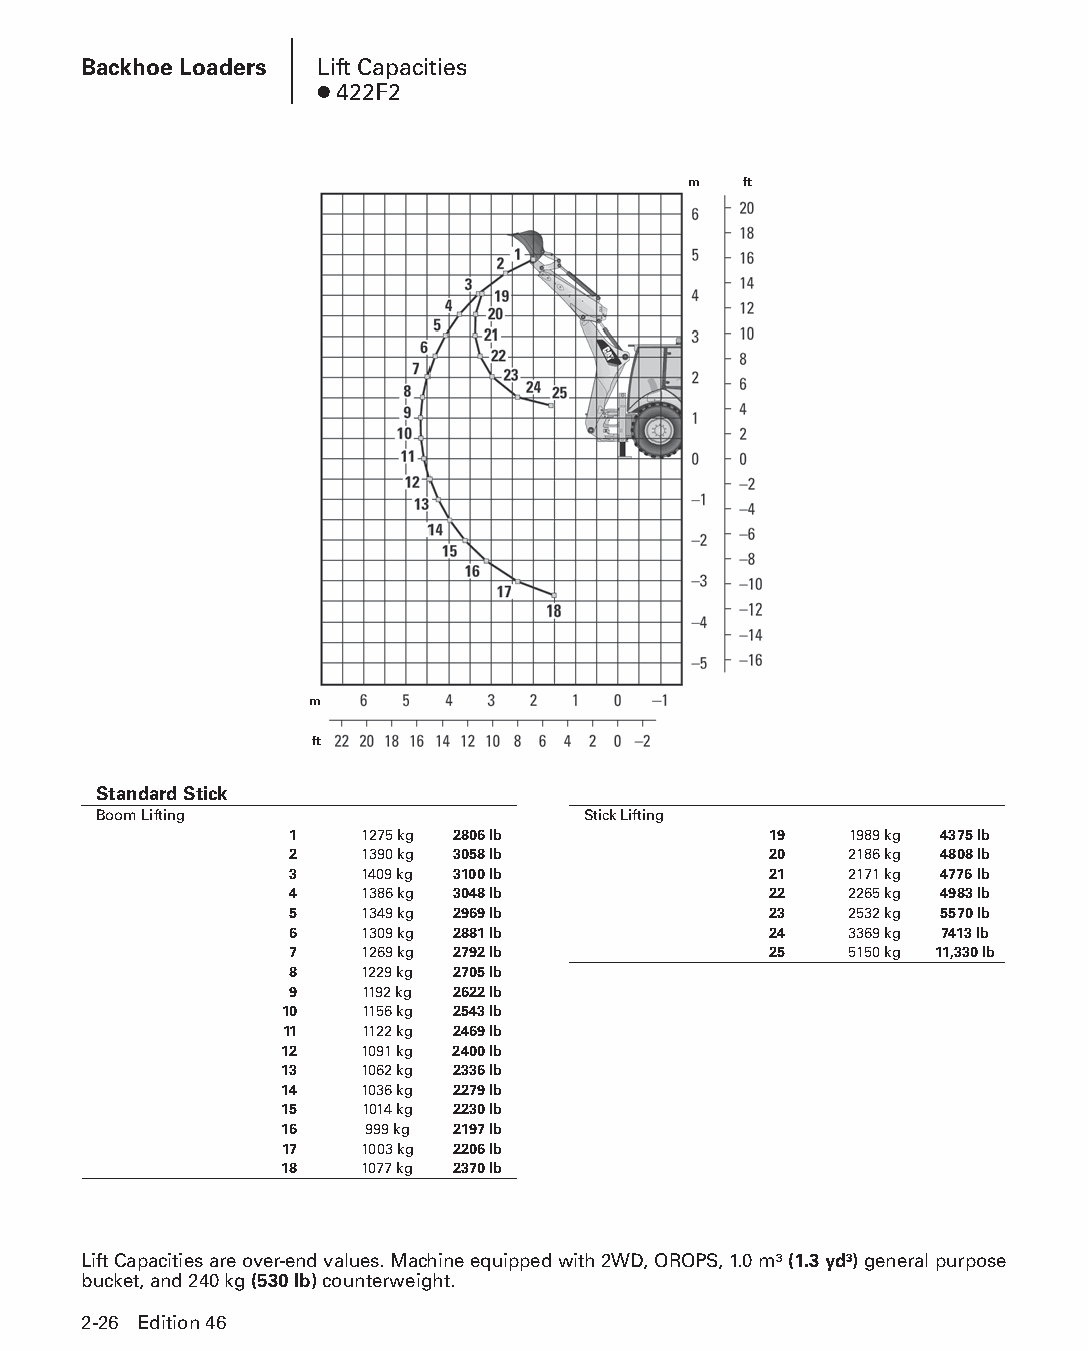
Backhoe Loaders Lift Capacities
 ● 422F2
 m   ft
 m
 ft
 Standard Stick
 Boom Lifting                    Stick Lifting
 1   1275 kg 2806 lb            19    1989 kg 4375 lb
 2   1390 kg 3058 lb            20    2186 kg 4808 lb
 3   1409 kg 3100 lb            21    2171 kg 4776 lb
 4   1386 kg 3048 lb            22    2265 kg 4983 lb
 5   1349 kg 2969 lb            23    2532 kg 5570 lb
 6   1309 kg 2881 lb            24    3369 kg 7413 lb
 7   1269 kg 2792 lb            25    5150 kg 11,330 lb
 8   1229 kg 2705 lb
 9   1192 kg 2622 lb
 10   1156 kg 2543 lb
 11   1122 kg 2469 lb
 12   1091 kg 2400 lb
 13   1062 kg 2336 lb
 14   1036 kg 2279 lb
 15   1014 kg 2230 lb
 16    999 kg 2197 lb
 17   1003 kg 2206 lb
 18   1077 kg 2370 lb
 Lift Capacities are over-end values. Machine equipped with 2WD, OROPS, 1.0 m3 (1.3 yd3) general pur pose
 bucket, and 240 kg (530 lb) counterweight.
 2-26 Edition 46
 PPHHBB--SSeecc0022--1166..iinndddd 2266                        1122//44//1155 1100::2255 AAMM